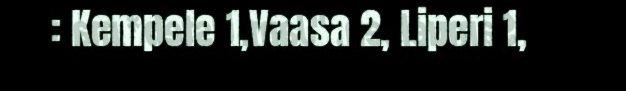
: Kempele 1,Vaasa 2, Liperi 1,